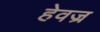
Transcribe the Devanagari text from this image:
हेवज्र